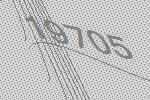
19705